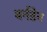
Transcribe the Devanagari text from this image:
बर्नडेन